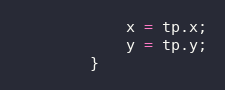
Language: JavaScript
			x = tp.x;
			y = tp.y;
		}